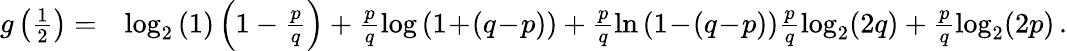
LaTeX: \begin{array}{rl}{g\left(\frac{1}{2}\right)=}&{\log_{2}\left(1\right)\left(1-\frac{p}{q}\right)+\frac{p}{q}\log\left(1\! +\! (q\! -\! p)\right)+\frac{p}{q}\ln\left(1\! -\! (q\! -\! p)\right)\frac{p}{q}\log_{2}(2q)+\frac{p}{q}\log_{2}(2p)\, .}\end{array}